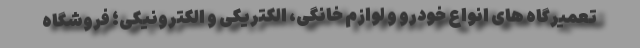
تعمیرگاه های انواع خودرو و لوازم خانگی، الکتریکی و الکترونیکی؛ فروشگاه